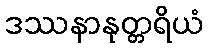
ဒဿနာနုတ္တရိယံ